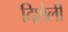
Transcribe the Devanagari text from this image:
दिशेली